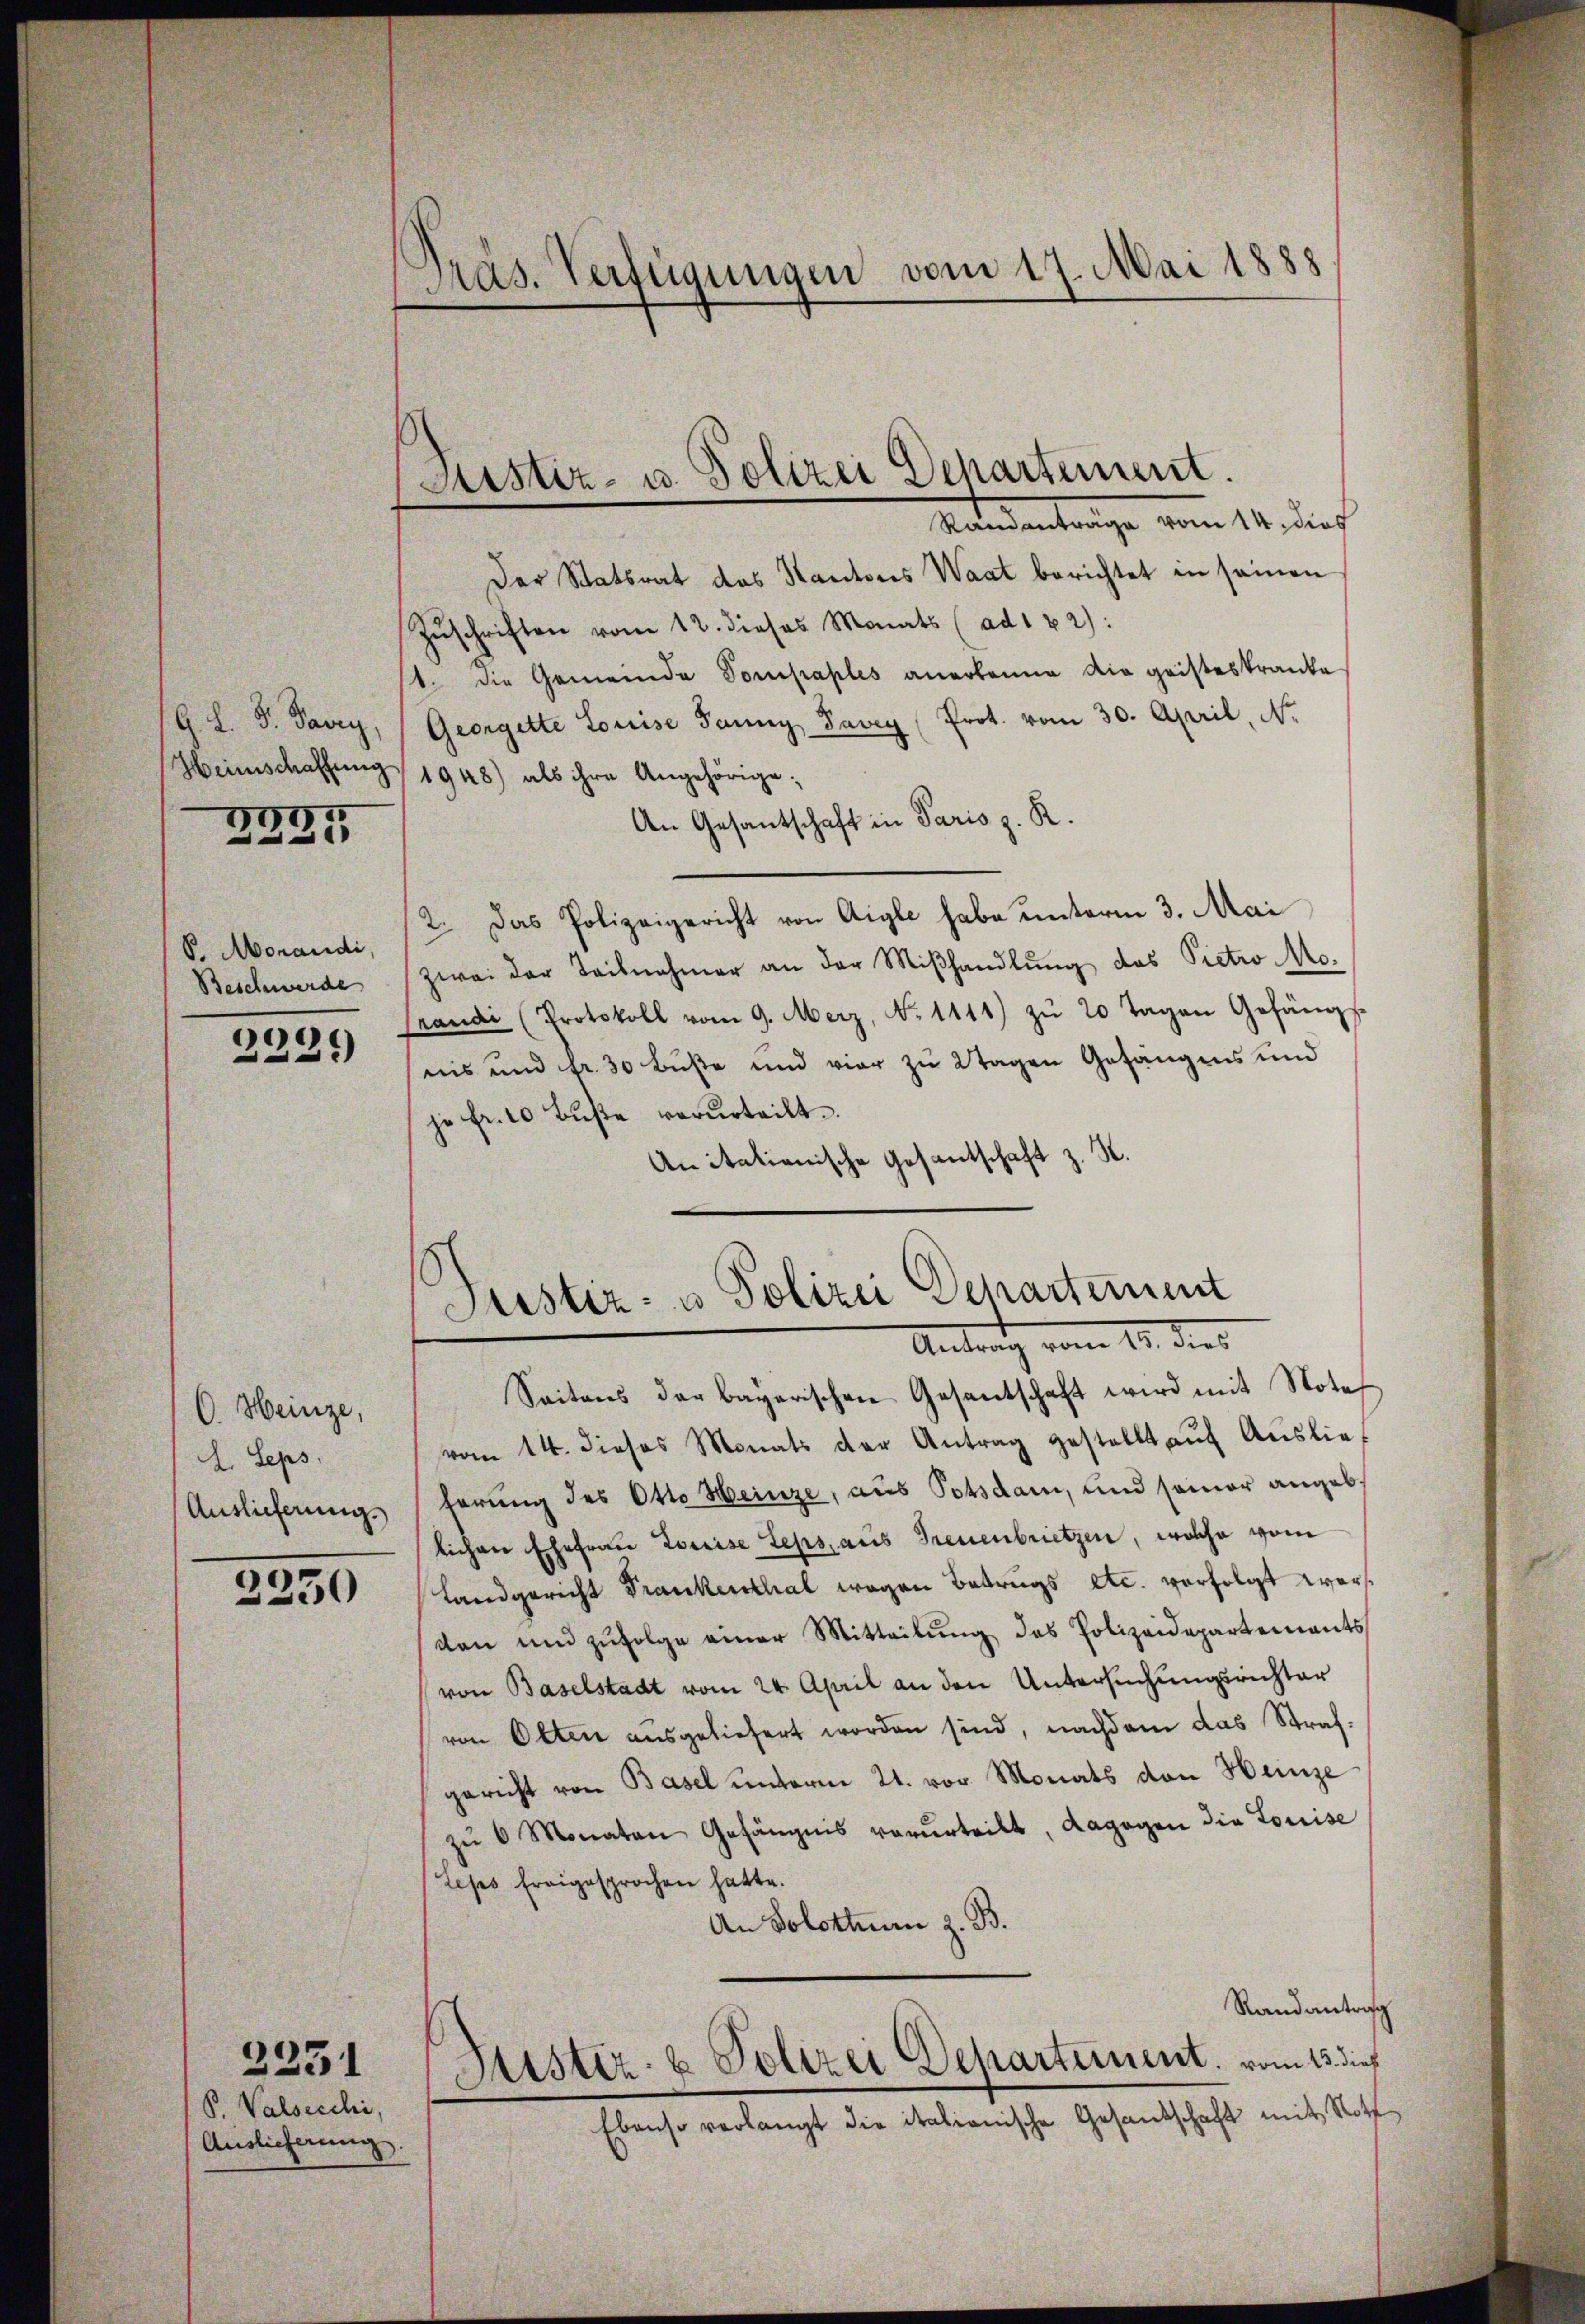
G. L. S. Parry,
Heimschaffung

2995

P. Morandi,
Beschwerde

2229

C. Heinze,
I. Seps.
Auslieferung.

2230

P. Valsecchi,
Auslieferung.

2231

Pras. Verfügungen vom 17. Mai 1888

Der Statsrat das Kantons Waat berichtet in seinen
Zŭschriften vom 12. dieses Monats (ad182):
st. Die Gemeinde Pompaples anerkanne die geisteskranke
Georgelte Louise Panny, Pavey (Prot. vom 30. April, N.
1948) als ihre Angehörige;
An Gesantschaft in Paris z. R.
2. Das Polizeigericht von Aigle habe unterm 3. Mai
zwei der Teilnehmer an der Miβhandlung des Pietro Mo-
Grandi (Protokoll vom 9. Merz, No 1111) zŭ 20 Tagen Gefängs
nis und fr. 30 Buße und vier zu 2tagen Gefängens und
je fr. 10 Buße verurteilt.
Anitationische Gesantschaft z. K.

Sistiz- u. Polizei Departement.
Randanträge vom 14. dies

Justiz- u Polizei Departement
Antrag vom 12. dies

Seitens der bayerischen Gesantschaft wird mit Note
vom 14. dieses Monats der Antrag gestellt aŭf Auslieferung des Otto Heinze, aus Potsdam, und seiner angeblichen Ehefrau Loreise Zeps, aus Treuenbrietzen, welche vom
Landgericht Frankenthal wegen Betrugs etc. verfolgt worden und zŭfolge einer Mitteilŭng des Polizeidepartements
von Baselstadt vom 24. April an den Untersuchungsrichter
von Olten ausgeliefert worden sind, nachdem das Strafgericht von Basel unterm 21. vor Monats von Heinze
zŭ 6 Monaten Gefängnis verurteilt, dagegen die Louise
Leses freigesprochen hatte.
An Solothurn z. B.
Randantrag
Justiz- & Polizei Departement, vom 13. dieß
Ebenso verlangt die italienische Gesandschaft mit Noth